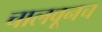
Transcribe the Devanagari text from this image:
चालवूनच